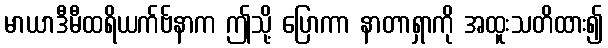
မာယာဒီမီထရိယက်ဗ်နာက ဤသို့ ပြောကာ နာတာရှာကို အထူးသတိထား၍